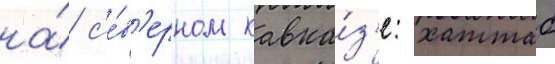
на́ с'е́в'ерном кавка́з'е: хаттаб